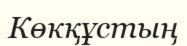
Көкқұстың